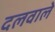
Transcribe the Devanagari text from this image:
दलवाले